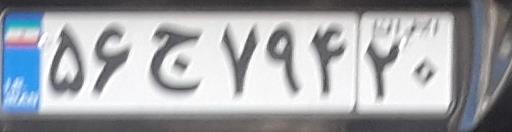
۵۶ج۷۹۴۲۰